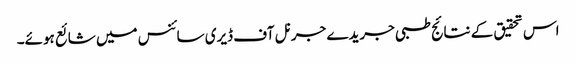
اس تحقیق کے نتائج طبی جریدے جرنل آف ڈیری سائنس میں شائع ہوئے۔